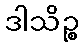
ဒါသိဉ္စ